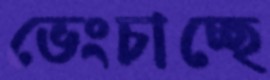
ভেংচাচ্ছে